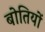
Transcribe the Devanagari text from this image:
बोतियों